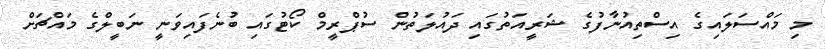
މި މައްސަލައިގެ އިސްތިއުނާފުގެ ޝަރީއަތުގައި ދައުލަތުން ސުޕްރީމް ކޯޓުގައި ބުނެފައިވަނީ ނަބީލްގެ މައްޗަށް